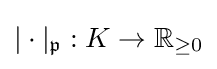
|\cdot |_{\mathfrak {p}}:K\to \mathbb {R} _{\geq 0}